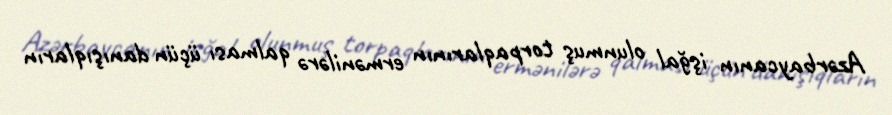
Azərbaycanın işğal olunmuş torpaqlarının ermənilərə qalması üçün danışıqların